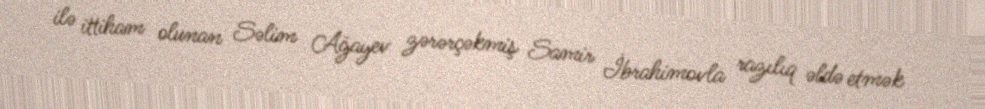
ilə ittiham olunan Səlim Ağayev zərərçəkmiş Samir İbrahimovla razılıq əldə etmək